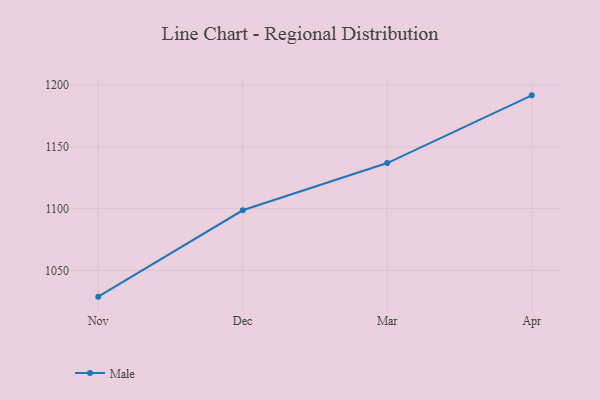
{"axis": {"x": "Month", "y": "Gross Profit (USD K)"}, "legend": ["Male"], "data": [{"x": "Nov", "y": 1028.7, "type": "Male"}, {"x": "Dec", "y": 1098.6, "type": "Male"}, {"x": "Mar", "y": 1136.8, "type": "Male"}, {"x": "Apr", "y": 1191.6, "type": "Male"}]}